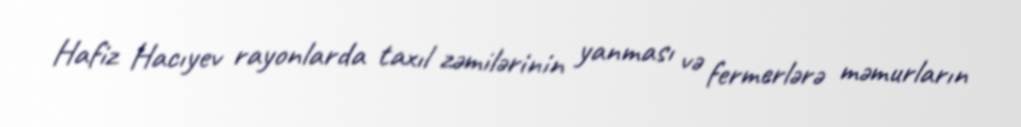
Hafiz Hacıyev rayonlarda taxıl zəmilərinin yanması və fermerlərə məmurların